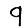
Digit: 9